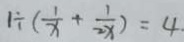
1 \div ( \frac { 1 } { x } + \frac { 1 } { 2 x } ) = 4